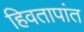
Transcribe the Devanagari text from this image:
हिवतापांत